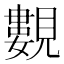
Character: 𧢃